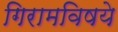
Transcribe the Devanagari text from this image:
गिरामविषये